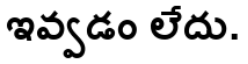
ఇవ్వడం లేదు.